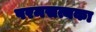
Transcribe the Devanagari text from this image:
परमसत्यका